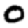
Digit: 0